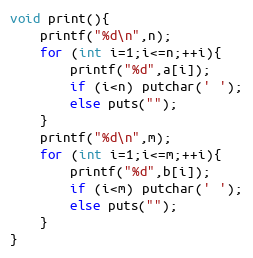
Language: C++
void print(){
	printf("%d\n",n);
	for (int i=1;i<=n;++i){
		printf("%d",a[i]);
		if (i<n) putchar(' ');
		else puts("");
	}
	printf("%d\n",m);
	for (int i=1;i<=m;++i){
		printf("%d",b[i]);
		if (i<m) putchar(' ');
		else puts("");
	}
}